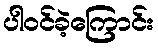
ပါဝင်ခဲ့ကြောင်း